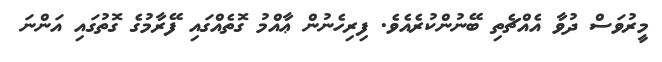
މީރުވަސް ދުވާ އެއްޗެތި ބޭނުންކުރެއެވެ. ފިރިހެނުން ޢާއްމު ގޮތެއްގައި ފޭރާމުގެ ގޮތުގައި އަންނަ